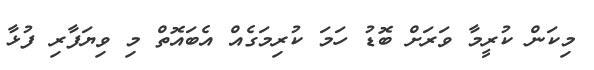
މިކަން ކުރީމާ ވަރަށް ބޮޑު ހަމަ ކުރިމަގެއް އެބައޮތް މި ވިޔަފާރި ފުޅާ